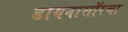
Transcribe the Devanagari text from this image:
डायनासॉरचा